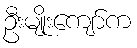
ဦးမျိုးကျော်က